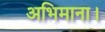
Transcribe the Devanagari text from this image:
अभिमाना।